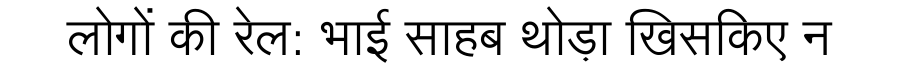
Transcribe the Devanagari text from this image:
लोगों की रेल: भाई साहब थोड़ा खिसकिए न